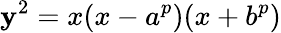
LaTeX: \mathbf{y}^{2}=x(x-a^{p})(x+b^{p})